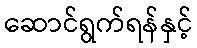
ဆောင်ရွက်ရန်နှင့်